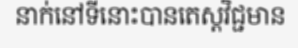
នាក់នៅទីនោះបានតេស្តវិជ្ជមាន